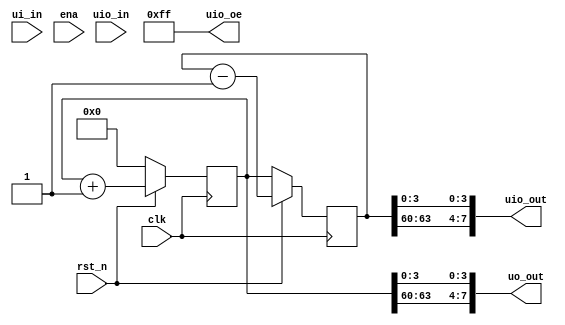
module tt_um_algofoogle_test(
    // 8 dedicated user inputs:
    input   wire [7:0]  ui_in,

    // 8 dedicated user outputs:
    output  wire [7:0]  uo_out,

    // 8 bidirectional user IOs:
    input   wire [7:0]  uio_in,     // Input path.
    output  wire [7:0]  uio_out,    // Output path.
    output  wire [7:0]  uio_oe,     // Enable path (active high: 0=input, 1=output)

    // Control:
    input   wire        ena,        // Can be ignored for now.
    input   wire        clk,        // 25.175MHz ideal, but 25.000MHz is good enough.
    input   wire        rst_n       // Active low reset
);

    reg [63:0] counter;
    reg [63:0] alt;

    assign uo_out = { counter[63:60], counter[3:0] };

    assign uio_oe = 8'hFF;
    assign uio_out = { alt[63:60], alt[3:0] };

    always @(posedge clk) begin
        if (~rst_n) begin
            counter <= 0;
            alt <= counter;
        end else begin
            counter <= counter + 1'b1;
            alt <= alt - 1'b1;
        end
    end

endmodule